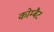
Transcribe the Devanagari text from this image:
कोम्बैट